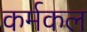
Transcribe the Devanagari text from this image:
कर्मकल